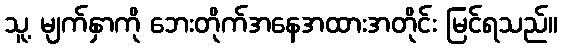
သူ့ မျက်နှာကို ဘေးတိုက်အနေအထားအတိုင်း မြင်ရသည်။